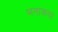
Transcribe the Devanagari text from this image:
भनाकवा